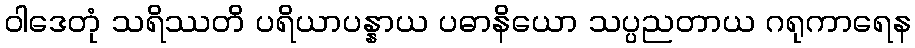
ဝါဒေတုံ သရိဿတိ ပရိယာပန္နာယ ပဓာနိယော သပ္ပညတာယ ဂရုကာရေန